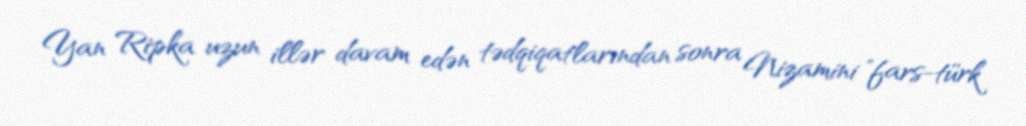
Yan Ripka uzun illər davam edən tədqiqatlarından sonra Nizamini "fars-türk